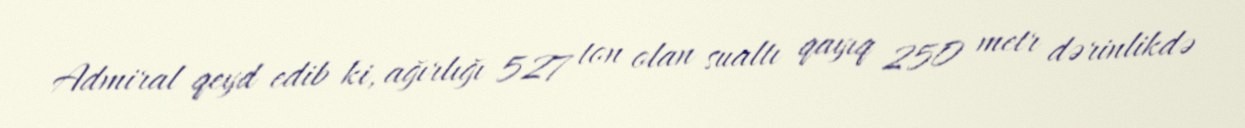
Admiral qeyd edib ki, ağırlığı 527 ton olan sualtı qayıq 250 metr dərinlikdə